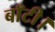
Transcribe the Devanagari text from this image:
बाँटी।